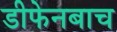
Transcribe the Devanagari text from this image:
डीफेनबाच